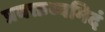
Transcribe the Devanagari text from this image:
प्रवक्तव्यमिदं